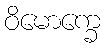
ဝိမောက္ခေ